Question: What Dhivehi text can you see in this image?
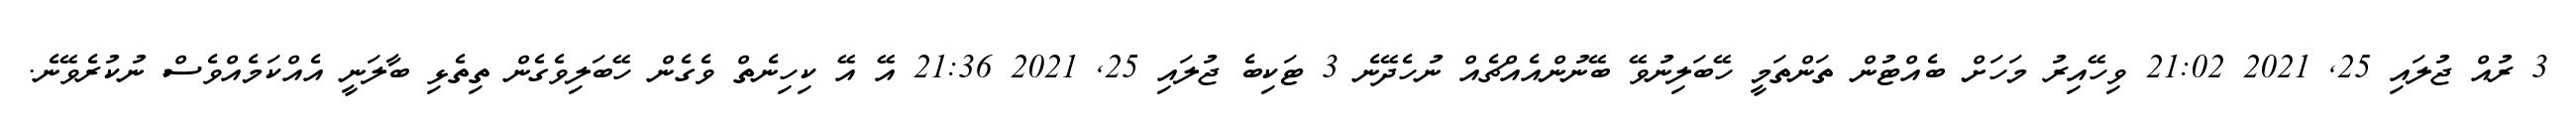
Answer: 3 ރުއް ޖުލައި 25, 2021 21:02 ވިހޭއިރު މަހަށް ބެއްޓުން ތަންތަމީ ހޭބަލިނުވޭ ބޭނުންއެއްޗެއް ނުހެދޭނެ 3 ޓަކިބެ ޖުލައި 25, 2021 21:36 އޭ އޭ ކިހިނެތް ވެގެން ހޭބަލިވެގެން ތިތެޅި ބާލަނީ އެއްކަމެއްވެސް ނުކުރެވޭނެ.